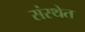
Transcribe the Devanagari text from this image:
संस्‍थेत